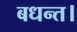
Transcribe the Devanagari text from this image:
बधन्त।